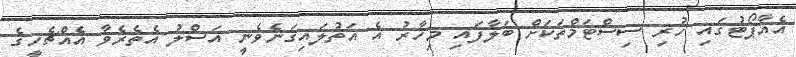
އެއާޕޯޓުގައި ހުރި ސިސްޓަމްތަކަށް ބަލާފައި މިހާރު އެ އަތުލައިގަނެވެނީ އަސްލު އެތެރެވާ އެއްޗެހީގެ